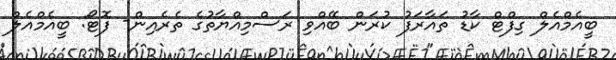
ބީއެމްއެލް ގިފްޓް ކާޑު ތައާރަފު ކުރަން ބޭއްވި ރަސްމިއްޔާތުގެ ތެރެއިން- ފޮޓޯ: ބީއެމްއެލް